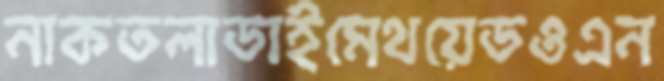
নাকতলাডাইমেথয়েডওএন